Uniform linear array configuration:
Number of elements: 4
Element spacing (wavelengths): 0.75
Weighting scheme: exponential
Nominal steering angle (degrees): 45
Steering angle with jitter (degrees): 45.831
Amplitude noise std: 0.05
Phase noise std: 0.05

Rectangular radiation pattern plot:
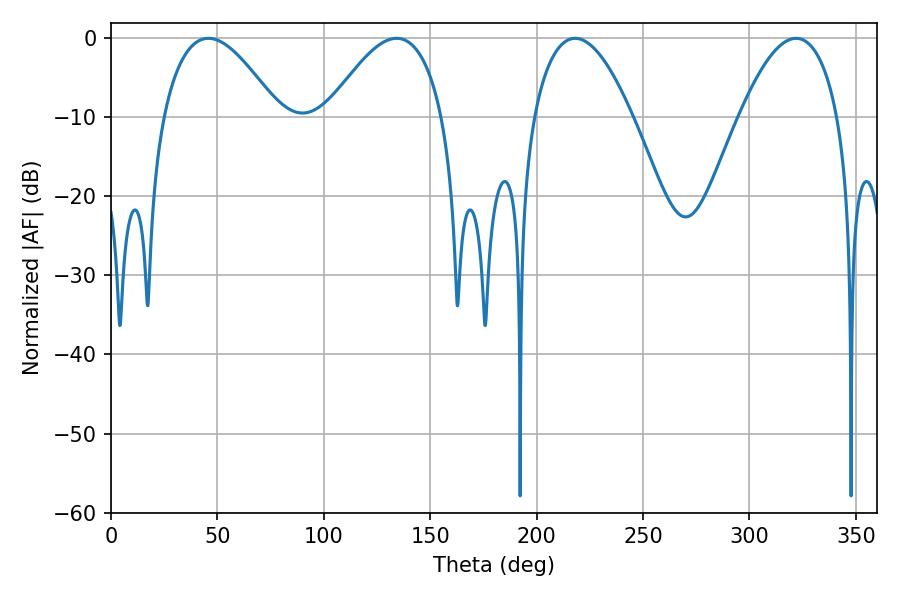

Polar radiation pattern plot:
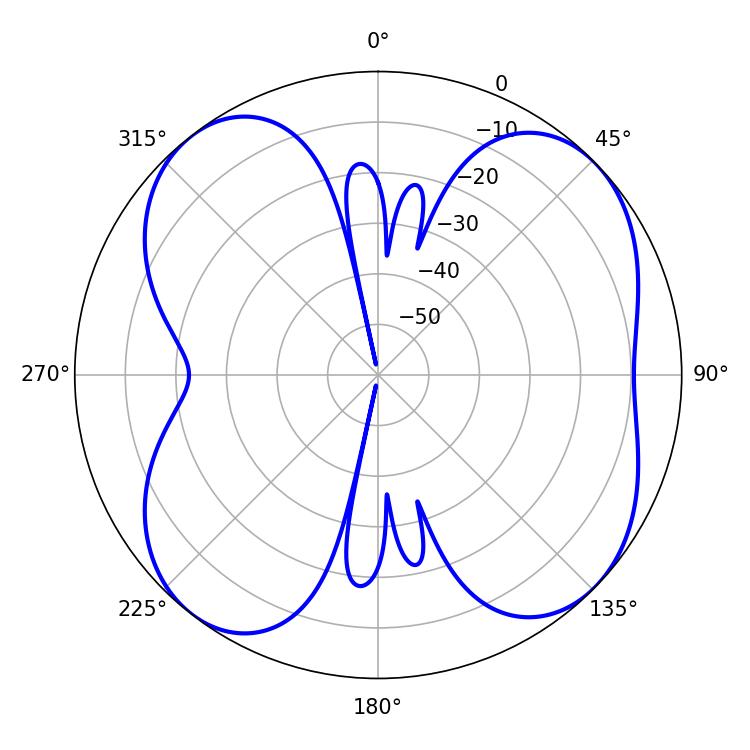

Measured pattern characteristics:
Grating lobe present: TRUE
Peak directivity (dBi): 9.106
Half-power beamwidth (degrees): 29.7
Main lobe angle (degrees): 45.72